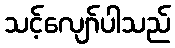
သင့်လျော်ပါသည်